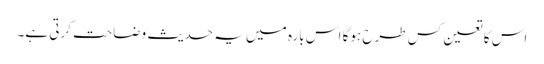
اس کا تعین کس طرح ہوگا اس بارہ میں یہ حدیث وضاحت کرتی ہے۔